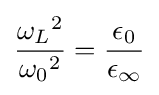
{\frac {{\omega _{L}}^{2}}{{\omega _{0}}^{2}}}={\frac {\epsilon _{0}}{\epsilon _{\infty }}}